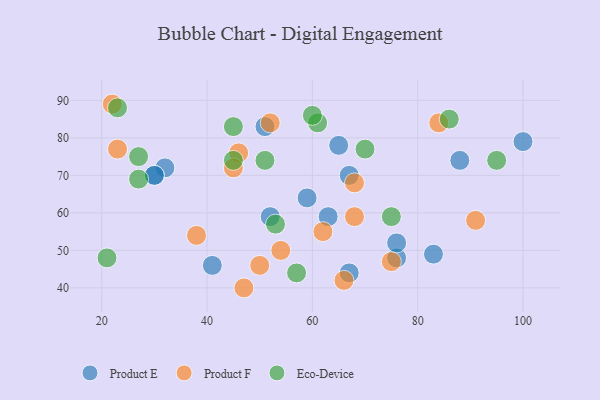
{"axis": {"x": "GDP", "y": "Life Expectancy"}, "legend": ["Eco-Device", "Product E", "Product F"], "data": [{"x": "88", "y": 74, "type": "Product E"}, {"x": "67", "y": 44, "type": "Product E"}, {"x": "32", "y": 72, "type": "Product E"}, {"x": "67", "y": 70, "type": "Product E"}, {"x": "76", "y": 48, "type": "Product E"}, {"x": "65", "y": 78, "type": "Product E"}, {"x": "51", "y": 83, "type": "Product E"}, {"x": "52", "y": 59, "type": "Product E"}, {"x": "83", "y": 49, "type": "Product E"}, {"x": "41", "y": 46, "type": "Product E"}, {"x": "63", "y": 59, "type": "Product E"}, {"x": "76", "y": 52, "type": "Product E"}, {"x": "100", "y": 79, "type": "Product E"}, {"x": "30", "y": 70, "type": "Product E"}, {"x": "30", "y": 70, "type": "Product E"}, {"x": "59", "y": 64, "type": "Product E"}, {"x": "50", "y": 46, "type": "Product F"}, {"x": "52", "y": 84, "type": "Product F"}, {"x": "46", "y": 76, "type": "Product F"}, {"x": "38", "y": 54, "type": "Product F"}, {"x": "66", "y": 42, "type": "Product F"}, {"x": "62", "y": 55, "type": "Product F"}, {"x": "68", "y": 68, "type": "Product F"}, {"x": "45", "y": 72, "type": "Product F"}, {"x": "23", "y": 77, "type": "Product F"}, {"x": "84", "y": 84, "type": "Product F"}, {"x": "22", "y": 89, "type": "Product F"}, {"x": "47", "y": 40, "type": "Product F"}, {"x": "54", "y": 50, "type": "Product F"}, {"x": "75", "y": 47, "type": "Product F"}, {"x": "91", "y": 58, "type": "Product F"}, {"x": "68", "y": 59, "type": "Product F"}, {"x": "86", "y": 85, "type": "Eco-Device"}, {"x": "95", "y": 74, "type": "Eco-Device"}, {"x": "57", "y": 44, "type": "Eco-Device"}, {"x": "75", "y": 59, "type": "Eco-Device"}, {"x": "45", "y": 83, "type": "Eco-Device"}, {"x": "27", "y": 69, "type": "Eco-Device"}, {"x": "27", "y": 75, "type": "Eco-Device"}, {"x": "61", "y": 84, "type": "Eco-Device"}, {"x": "45", "y": 74, "type": "Eco-Device"}, {"x": "51", "y": 74, "type": "Eco-Device"}, {"x": "60", "y": 86, "type": "Eco-Device"}, {"x": "21", "y": 48, "type": "Eco-Device"}, {"x": "53", "y": 57, "type": "Eco-Device"}, {"x": "23", "y": 88, "type": "Eco-Device"}, {"x": "70", "y": 77, "type": "Eco-Device"}]}